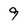
Character: 9